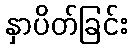
နှာပိတ်ခြင်း